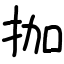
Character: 拁